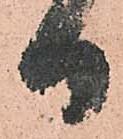
日